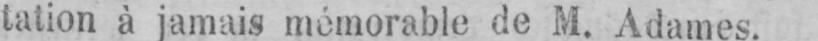
tation à jamais mémorable de M. Adames.